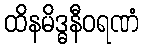
ထိနမိဒ္ဓနီဝရဏံ